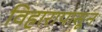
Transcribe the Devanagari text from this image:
विहारापासून